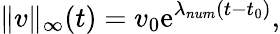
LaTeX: \| v\| _{\infty}(t)=v_{0}\mathrm{e}^{\lambda_{num}\left(t-t_{0}\right)},